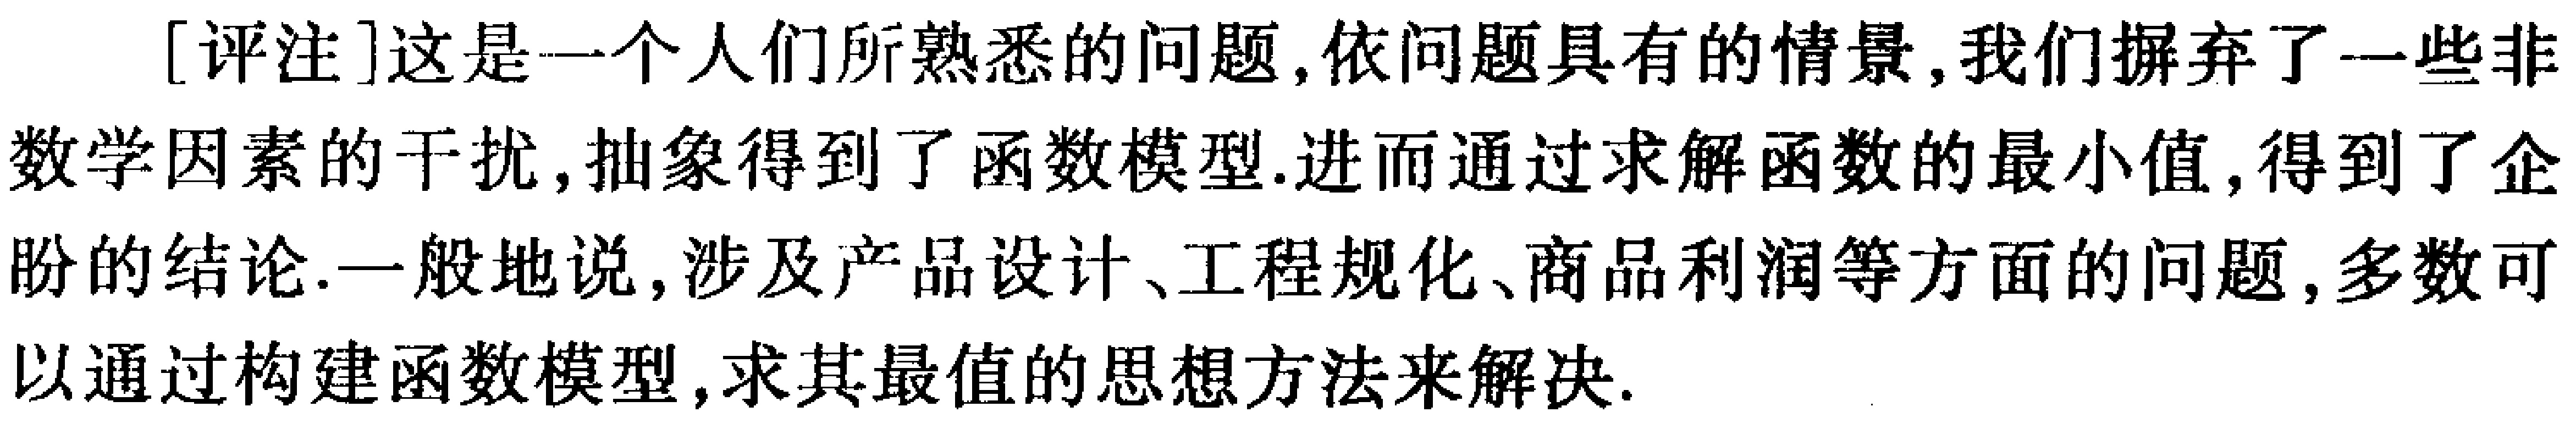
[评注]这是一个人们所熟悉的问题,依问题具有的情景,我们摒弃了一些非数学因素的干扰,抽象得到了函数模型.进而通过求解函数的最小值,得到了企盼的结论.一般地说,涉及产品设计、工程规化、商品利润等方面的问题,多数可以通过构建函数模型,求其最值的思想方法来解决.